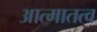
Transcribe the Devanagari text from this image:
आत्मातत्व